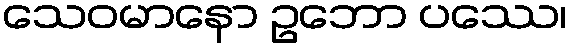
သေဝမာနော ဥဘော ပဿေ၊